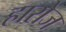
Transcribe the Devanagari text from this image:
हारोज